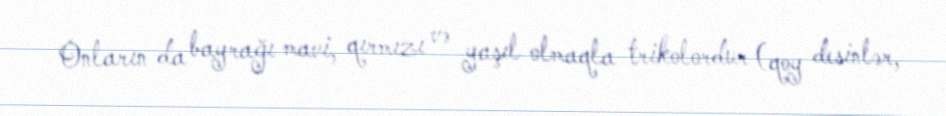
Onların da bayrağı mavi, qırmızı və yaşıl olmaqla trikolordur (qoy desinlər,